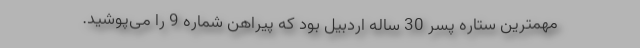
مهمترین ستاره پسر 30 ساله اردبیل بود که پیراهن شماره 9 را می‌پوشید.